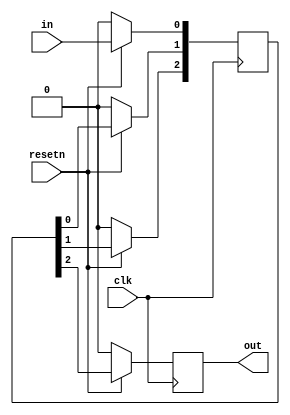
module top_module (
    input clk,
    input resetn,   // synchronous reset
    input in,
    output out);
    
    reg [2:0]q;
    always @(posedge clk)
      
            begin
                 q[0]<=(resetn)?in:1'b0;
                 q[1]<=(resetn)?q[0]:1'b0;
                 q[2]<=(resetn)?q[1]:1'b0;
                 out<=(resetn)?q[2]:1'b0;
            end


endmodule